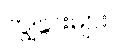
ကျွဲနွားများ